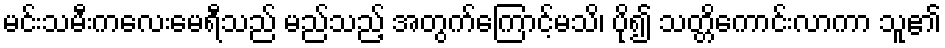
မင်းသမီးကလေးမေရီသည် မည်သည့် အတွက်ကြောင့်မသိ၊ ပို၍ သတ္တိကောင်းလာကာ သူ၏